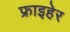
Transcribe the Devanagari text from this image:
फ्राइहेर